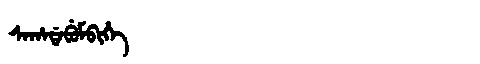
Manchu: ᠰᠠᡥᠠᡩᠠᠪᡠᠮᠪᡳᡥᡝ
Romanization: SAHADABUMBIHE